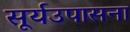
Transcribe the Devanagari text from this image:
सूर्यउपासना